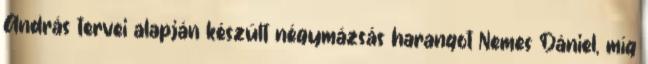
András tervei alapján készült négymázsás harangot Nemes Dániel, míg